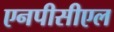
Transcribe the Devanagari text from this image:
एनपीसीएल